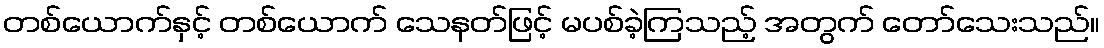
တစ်ယောက်နှင့် တစ်ယောက် သေနတ်ဖြင့် မပစ်ခဲ့ကြသည့် အတွက် တော်သေးသည်။